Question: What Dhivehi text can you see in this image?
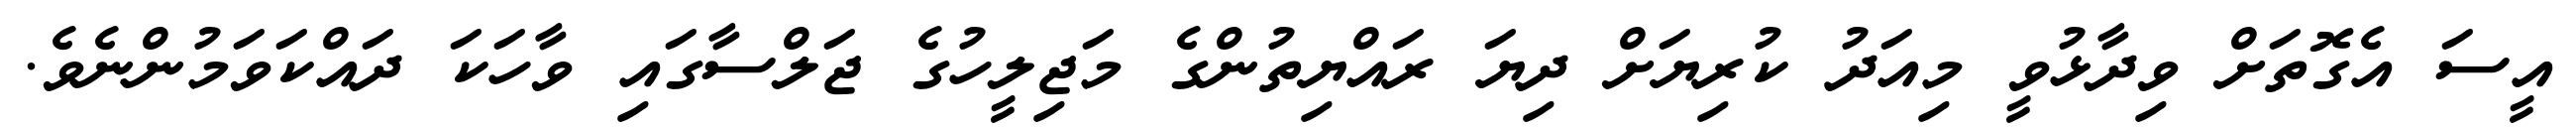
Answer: އީސަ އެގޮތަށް ވިދާޅުވީ މިއަދު ކުރިޔަށް ދިޔަ ރައްޔިތުންގެ މަޖިލީހުގެ ޖަލްސާގައި ވާހަކަ ދައްކަވަމުންނެވެ.